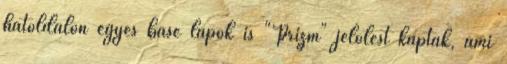
hátoldalon egyes base lapok is "Prizm" jelölést kaptak, ami